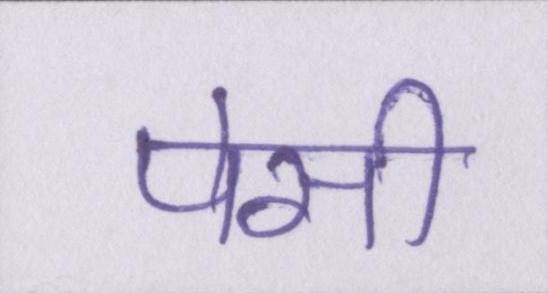
पेसी